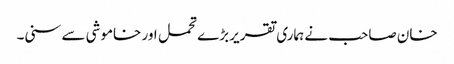
خان صاحب نے ہماری تقریر بڑے تحمل اور خاموشی سے سنی۔